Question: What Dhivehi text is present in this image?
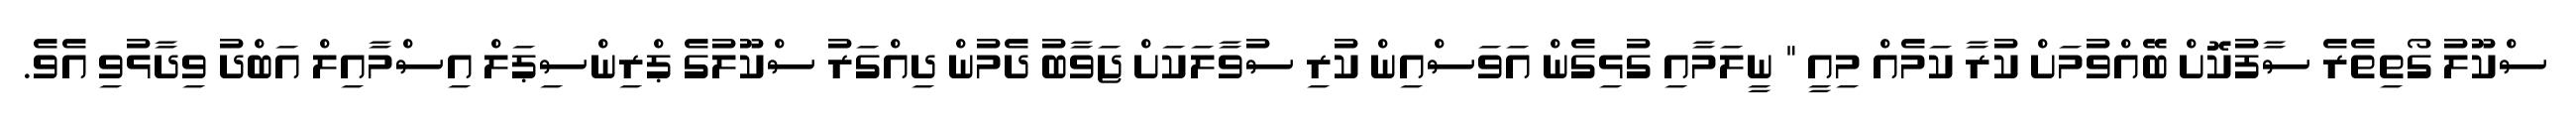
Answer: ސްކޫލު ގޯތިތެރެ ސާފުކޮށް ބޭއްވުމަށް ކުރާ ކަމެއް މިއީ " ނީލަމާއި ގުޅިގެން އަވަސްއިން ކުރި ސުވާލަކަށް ޖަވާބު ދެމުން ދިއްގަރު ސްކޫލުގެ ޕްރިންސިޕަލް އިސްމާއިލް އަބްދު ވިދާޅުވި އެވެ.